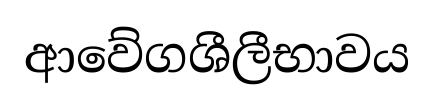
ආවේගශීලීභාවය